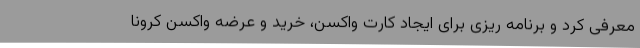
معرفی کرد و برنامه ریزی برای ایجاد کارت واکسن، خرید و عرضه واکسن کرونا